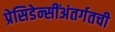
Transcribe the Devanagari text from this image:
प्रेसिडेन्सींअंतर्गतची